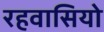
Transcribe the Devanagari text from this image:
रहवासियो